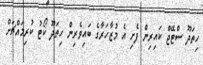
ހިތަދޫ ސްޓޭޖް ކައިރިން ފެށި އެ މުޒާހަރާގެ ބައިވެރިން ހިތަދޫ ކޯޓު ކުރިމައްޗަށް